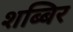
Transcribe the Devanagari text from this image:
शब्बिर